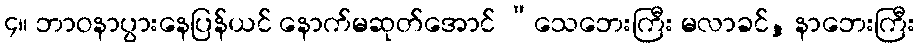
၄။ ဘာဝနာပွားနေပြန်ယင် နောက်မဆုတ်အောင် “သေဘေးကြီး မလာခင်, နာဘေးကြီး